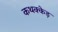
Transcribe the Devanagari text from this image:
कथक्केड़